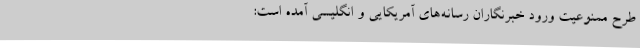
طرح ممنوعیت ورود خبرنگاران رسانه‌های آمریکایی و انگلیسی آمده است: